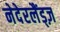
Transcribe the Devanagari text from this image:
नेदेरलैंड्ज़